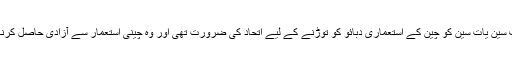
دوسری طرف سین یات سین کو چین کے استعماری دبائو کو توڑنے کے لیے اتحاد کی ضرورت تھی اور وہ چینی استعمار سے آزادی حاصل کرنا چاہتے تھے۔